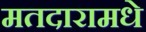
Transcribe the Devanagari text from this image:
मतदारामधे